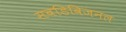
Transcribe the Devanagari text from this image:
सबडिविजनल